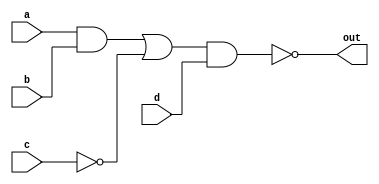
module gate_level_example(
    input a,
    input b,
    input c,
    input d,
    output out
    );
    
    wire net1;  // Instansiate all the nets as wires
    wire net2;  // Nets are simply the outputs of each logic gate
    wire net3;  // Easiest way to organize gate level designs is to number all nets on a diagram
    wire net4;
    // Syntax GATE GATE_NAME(OUTPUT, INPUT1, INPUT2, INPUT3, etc..)
    and A1(net1, a, b);      // AND gate with a & b being assigned to net1
    not N1(net2, c);         // NOT gate with c being assigned to net2
    or O1(net3, net1, net2); // OR gate with net1 & net2 being assigned to net3
    and A2(net4, net3, d);   // AND gate with net3 & d being assigned to net4
    not(out, net4);          // NOT gate with net4 finally being assigned to out 
    
endmodule